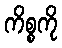
ကိစ္စကို